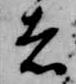
者